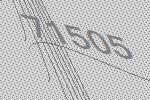
71505